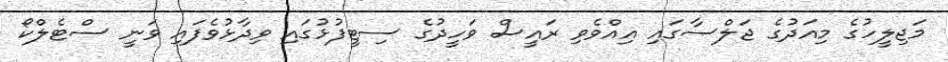
މަޖިލީހުގެ މިއަދުގެ ޖަލްސާގައި އިއްވެވި ރައީސް ވަހީދުގެ ސިޓީފުޅުގައި ވިދާޅުވެފައި ވަނީ ސްޓެލްކޯ